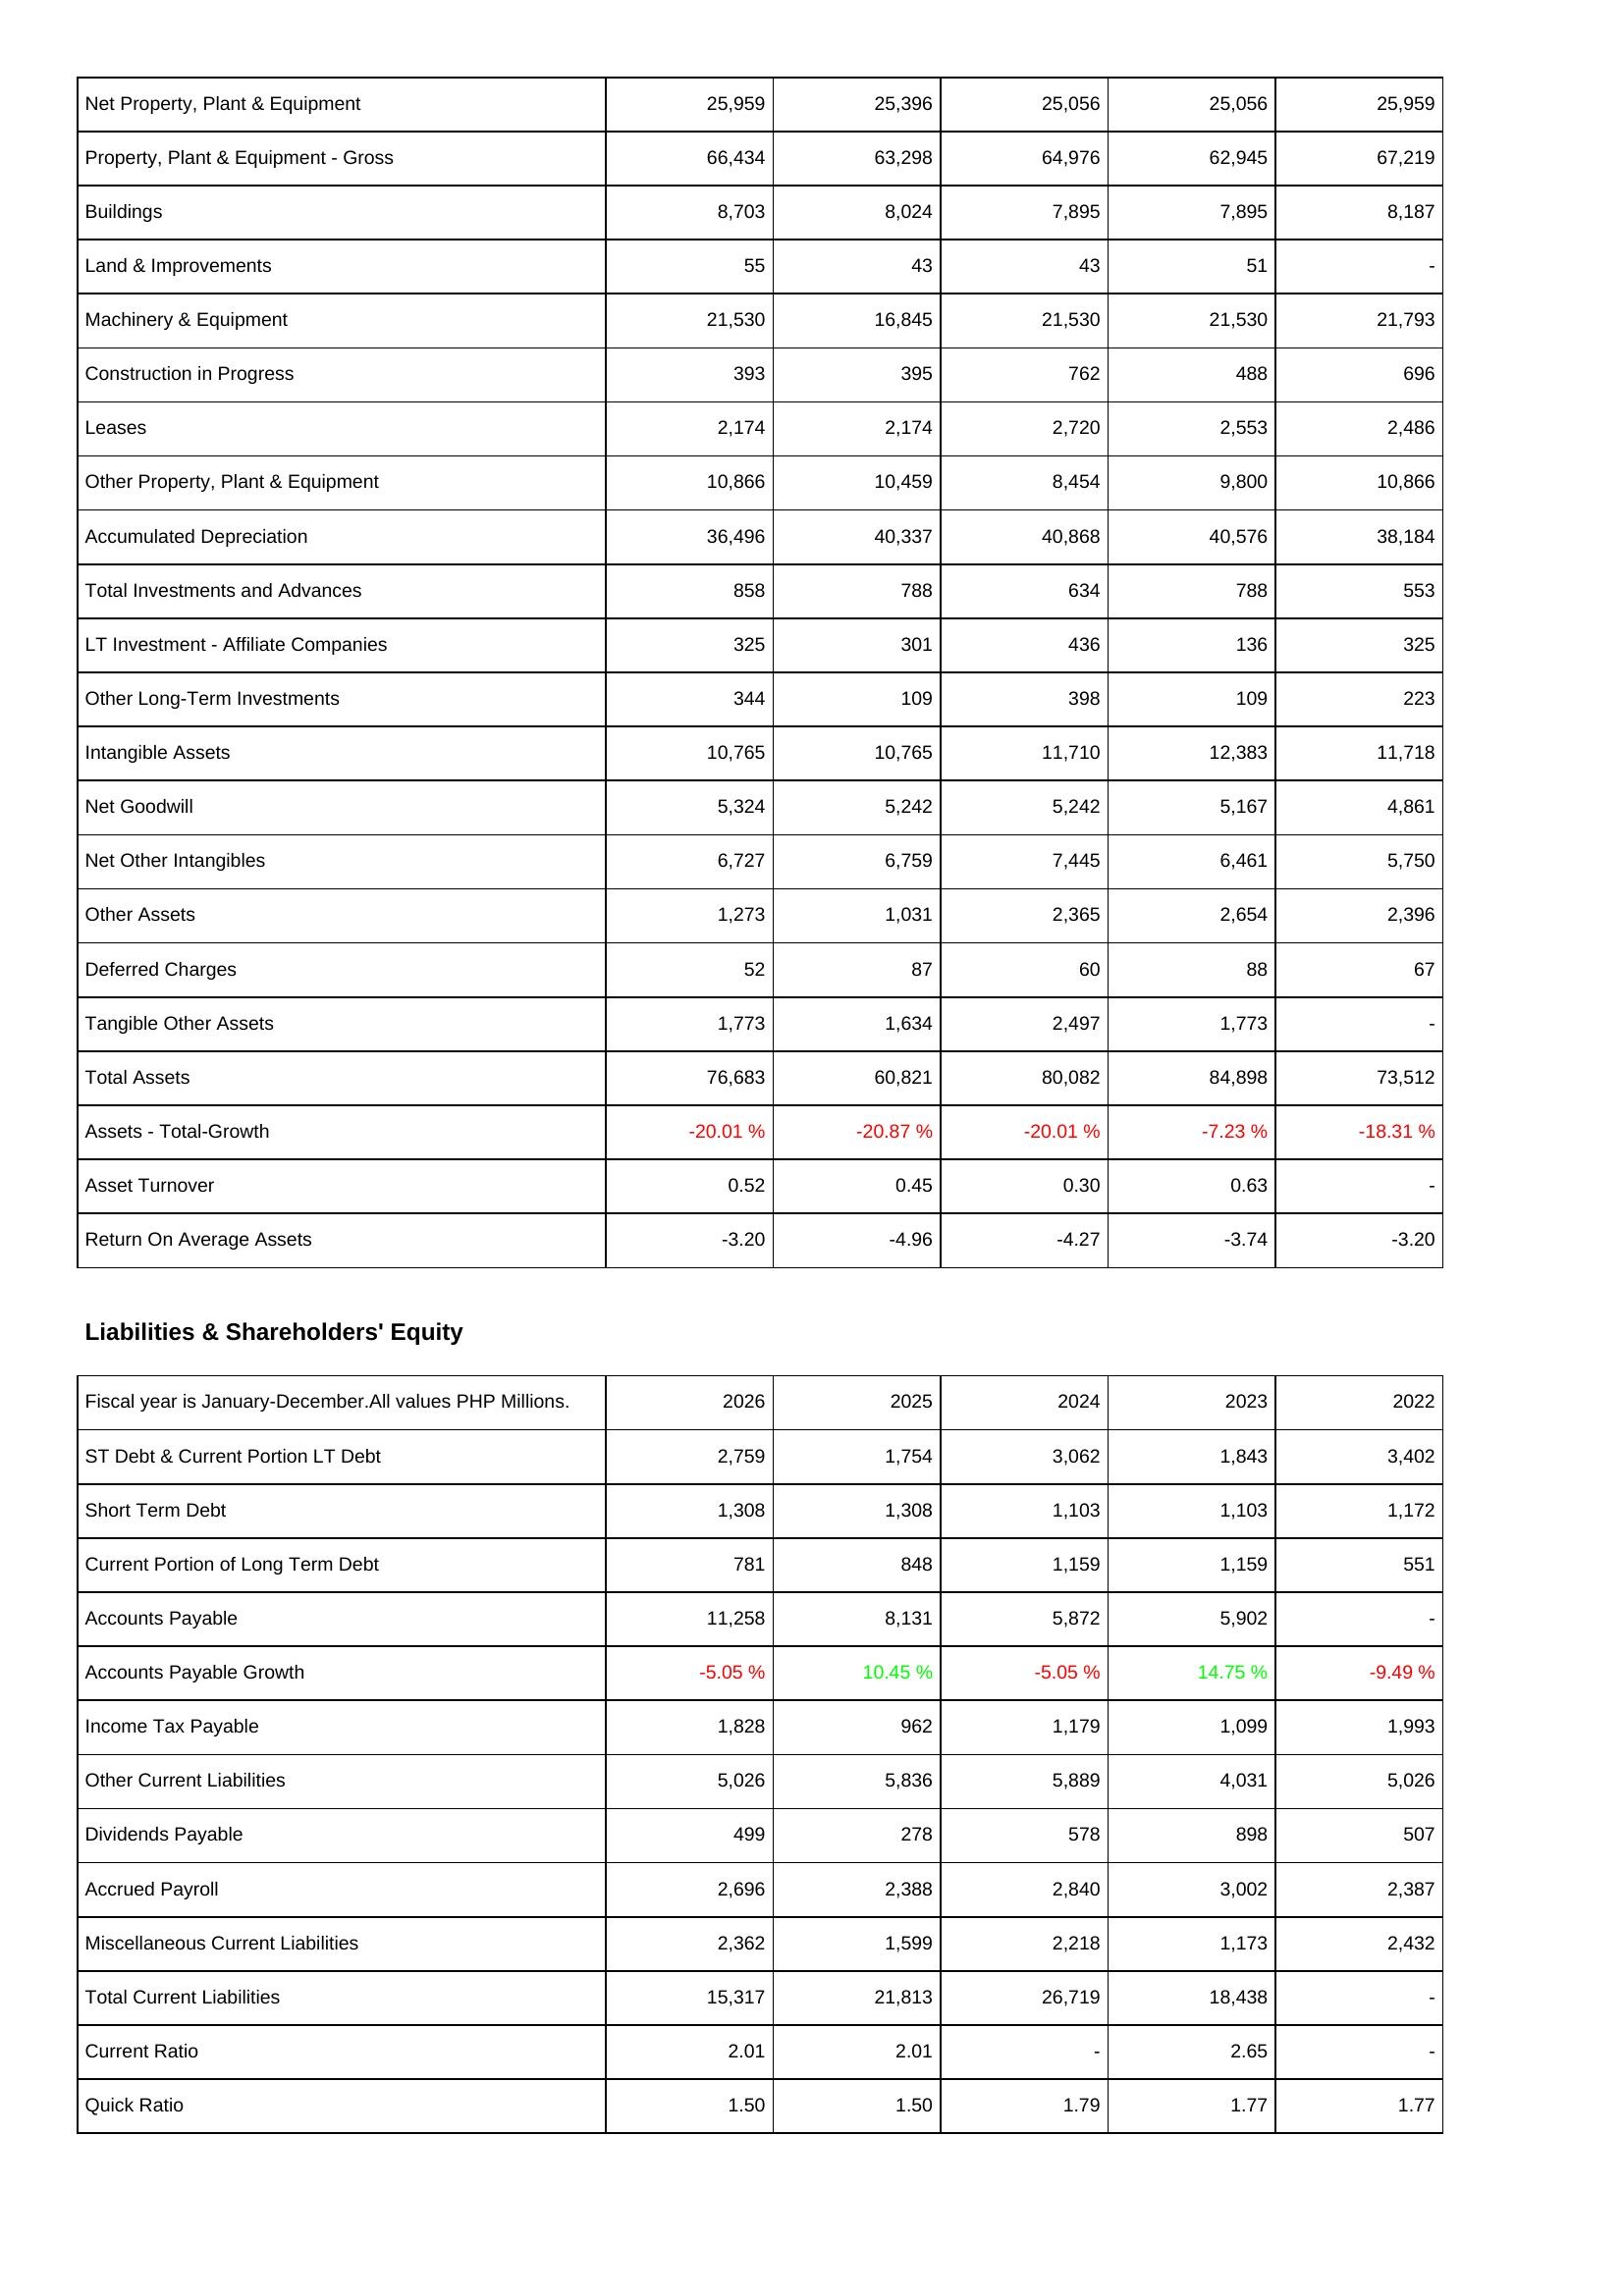
2026: Assets: Net Property, Plant & Equipment: 25,959
Property, Plant & Equipment - Gross: 66,434
Buildings: 8,703
Land & Improvements: 55
Machinery & Equipment: 21,530
Construction in Progress: 393
Leases: 2,174
Other Property, Plant & Equipment: 10,866
Accumulated Depreciation: 36,496
Total Investments and Advances: 858
LT Investment - Affiliate Companies: 325
Other Long-Term Investments: 344
Intangible Assets: 10,765
Net Goodwill: 5,324
Net Other Intangibles: 6,727
Other Assets: 1,273
Deferred Charges: 52
Tangible Other Assets: 1,773
Total Assets: 76,683
Assets - Total-Growth: -20.01 %
Asset Turnover: 0.52
Return On Average Assets: -3.20
Liabilities & Shareholders' Equity: ST Debt & Current Portion LT Debt: 2,759
Short Term Debt: 1,308
Current Portion of Long Term Debt: 781
Accounts Payable: 11,258
Accounts Payable Growth: -5.05 %
Income Tax Payable: 1,828
Other Current Liabilities: 5,026
Dividends Payable: 499
Accrued Payroll: 2,696
Miscellaneous Current Liabilities: 2,362
Total Current Liabilities: 15,317
Current Ratio: 2.01
Quick Ratio: 1.50
2025: Assets: Net Property, Plant & Equipment: 25,396
Property, Plant & Equipment - Gross: 63,298
Buildings: 8,024
Land & Improvements: 43
Machinery & Equipment: 16,845
Construction in Progress: 395
Leases: 2,174
Other Property, Plant & Equipment: 10,459
Accumulated Depreciation: 40,337
Total Investments and Advances: 788
LT Investment - Affiliate Companies: 301
Other Long-Term Investments: 109
Intangible Assets: 10,765
Net Goodwill: 5,242
Net Other Intangibles: 6,759
Other Assets: 1,031
Deferred Charges: 87
Tangible Other Assets: 1,634
Total Assets: 60,821
Assets - Total-Growth: -20.87 %
Asset Turnover: 0.45
Return On Average Assets: -4.96
Liabilities & Shareholders' Equity: ST Debt & Current Portion LT Debt: 1,754
Short Term Debt: 1,308
Current Portion of Long Term Debt: 848
Accounts Payable: 8,131
Accounts Payable Growth: 10.45 %
Income Tax Payable: 962
Other Current Liabilities: 5,836
Dividends Payable: 278
Accrued Payroll: 2,388
Miscellaneous Current Liabilities: 1,599
Total Current Liabilities: 21,813
Current Ratio: 2.01
Quick Ratio: 1.50
2024: Assets: Net Property, Plant & Equipment: 25,056
Property, Plant & Equipment - Gross: 64,976
Buildings: 7,895
Land & Improvements: 43
Machinery & Equipment: 21,530
Construction in Progress: 762
Leases: 2,720
Other Property, Plant & Equipment: 8,454
Accumulated Depreciation: 40,868
Total Investments and Advances: 634
LT Investment - Affiliate Companies: 436
Other Long-Term Investments: 398
Intangible Assets: 11,710
Net Goodwill: 5,242
Net Other Intangibles: 7,445
Other Assets: 2,365
Deferred Charges: 60
Tangible Other Assets: 2,497
Total Assets: 80,082
Assets - Total-Growth: -20.01 %
Asset Turnover: 0.30
Return On Average Assets: -4.27
Liabilities & Shareholders' Equity: ST Debt & Current Portion LT Debt: 3,062
Short Term Debt: 1,103
Current Portion of Long Term Debt: 1,159
Accounts Payable: 5,872
Accounts Payable Growth: -5.05 %
Income Tax Payable: 1,179
Other Current Liabilities: 5,889
Dividends Payable: 578
Accrued Payroll: 2,840
Miscellaneous Current Liabilities: 2,218
Total Current Liabilities: 26,719
Current Ratio: -
Quick Ratio: 1.79
2023: Assets: Net Property, Plant & Equipment: 25,056
Property, Plant & Equipment - Gross: 62,945
Buildings: 7,895
Land & Improvements: 51
Machinery & Equipment: 21,530
Construction in Progress: 488
Leases: 2,553
Other Property, Plant & Equipment: 9,800
Accumulated Depreciation: 40,576
Total Investments and Advances: 788
LT Investment - Affiliate Companies: 136
Other Long-Term Investments: 109
Intangible Assets: 12,383
Net Goodwill: 5,167
Net Other Intangibles: 6,461
Other Assets: 2,654
Deferred Charges: 88
Tangible Other Assets: 1,773
Total Assets: 84,898
Assets - Total-Growth: -7.23 %
Asset Turnover: 0.63
Return On Average Assets: -3.74
Liabilities & Shareholders' Equity: ST Debt & Current Portion LT Debt: 1,843
Short Term Debt: 1,103
Current Portion of Long Term Debt: 1,159
Accounts Payable: 5,902
Accounts Payable Growth: 14.75 %
Income Tax Payable: 1,099
Other Current Liabilities: 4,031
Dividends Payable: 898
Accrued Payroll: 3,002
Miscellaneous Current Liabilities: 1,173
Total Current Liabilities: 18,438
Current Ratio: 2.65
Quick Ratio: 1.77
2022: Assets: Net Property, Plant & Equipment: 25,959
Property, Plant & Equipment - Gross: 67,219
Buildings: 8,187
Land & Improvements: -
Machinery & Equipment: 21,793
Construction in Progress: 696
Leases: 2,486
Other Property, Plant & Equipment: 10,866
Accumulated Depreciation: 38,184
Total Investments and Advances: 553
LT Investment - Affiliate Companies: 325
Other Long-Term Investments: 223
Intangible Assets: 11,718
Net Goodwill: 4,861
Net Other Intangibles: 5,750
Other Assets: 2,396
Deferred Charges: 67
Tangible Other Assets: -
Total Assets: 73,512
Assets - Total-Growth: -18.31 %
Asset Turnover: -
Return On Average Assets: -3.20
Liabilities & Shareholders' Equity: ST Debt & Current Portion LT Debt: 3,402
Short Term Debt: 1,172
Current Portion of Long Term Debt: 551
Accounts Payable: -
Accounts Payable Growth: -9.49 %
Income Tax Payable: 1,993
Other Current Liabilities: 5,026
Dividends Payable: 507
Accrued Payroll: 2,387
Miscellaneous Current Liabilities: 2,432
Total Current Liabilities: -
Current Ratio: -
Quick Ratio: 1.77